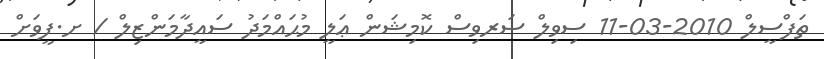
ތަފްސީލް 2010-03-11 ސިވިލް ސަރވިސް ކޮމިޝަން ޢަލީ މުޙައްމަދު ސައީދާމަންޒިލް / ށ.ފީވަށް